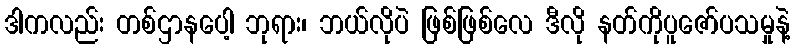
ဒါကလည်း တစ်ဌာနပေါ့ ဘုရား၊ ဘယ်လိုပဲ ဖြစ်ဖြစ်လေ ဒီလို နတ်ကိုပူဇော်ပသမှုနဲ့